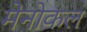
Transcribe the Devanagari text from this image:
मेनोकल